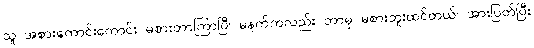
သူ အစားကောင်းကောင်း မစားတာကြာပြီ၊ မနက်ကလည်း ဘာမှ မစားဘူးထင်တယ်၊ အားပြတ်ပြီး